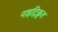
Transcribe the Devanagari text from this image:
नाइट्रिक्रुत